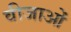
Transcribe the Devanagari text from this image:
वीजाओं